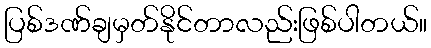
ပြစ်ဒဏ်ချမှတ်နိုင်တာလည်းဖြစ်ပါတယ်။